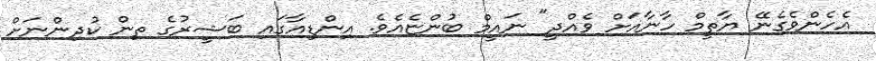
އެހެންވެގެނޭ ޔާތީމް ހާނާއަށް ވެއްދީ" ނައީމް ބުންޏެއެވެ. އިންޑިއާގައި ބަޝީރުގެ ތިން ކުދިންނަށް